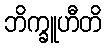
ဘိက္ခူဟီတိ